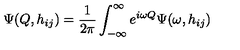
\Psi ( Q , h _ { i j } ) = \frac { 1 } { 2 \pi } \int _ { - \infty } ^ { \infty } e ^ { i \omega Q } \Psi ( \omega , h _ { i j } )